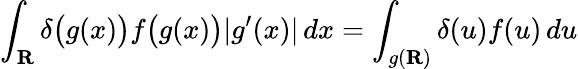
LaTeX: \int_{\mathbf{R}}\delta{\bigl(}g(x){\bigr)}f{\bigl(}g(x){\bigr)}|g^{\prime}(x)|\, dx=\int_{g(\mathbf{R})}\delta(u)f(u)\, du